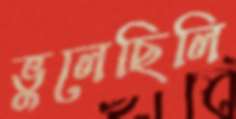
ভুলেছিলি